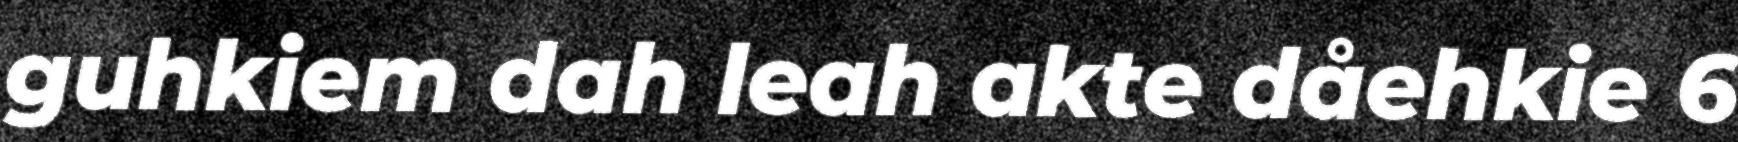
guhkiem dah leah akte dåehkie 6